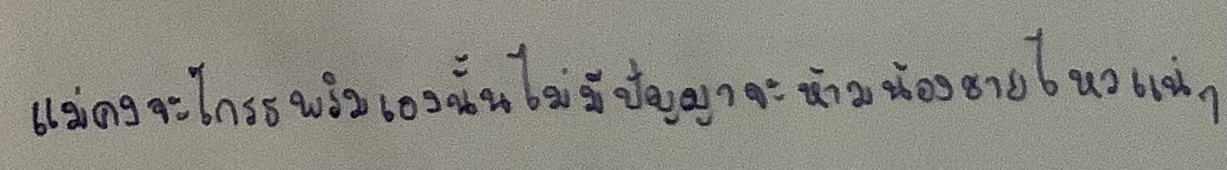
แม่คงจะโกรธพริมเองนั้นไม่มีปัญญาจะห้ามน้องชายไหวแน่ๆ